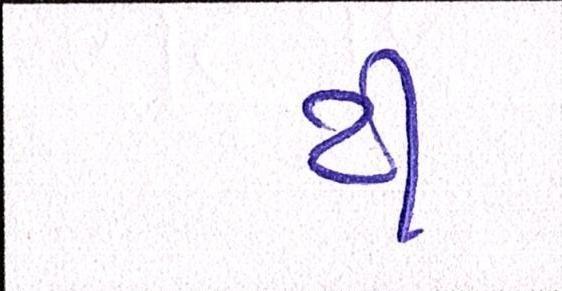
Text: ટી